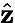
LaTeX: \hat{\mathbf z}